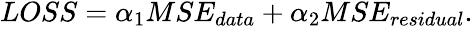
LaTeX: \begin{array}{r}{LOSS=\alpha_{1}MSE_{data}+\alpha_{2}MSE_{residual}.}\end{array}